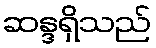
ဆန္ဒရှိသည်